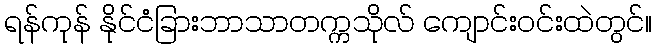
ရန်ကုန် နိုင်ငံခြားဘာသာတက္ကသိုလ် ကျောင်းဝင်းထဲတွင်။